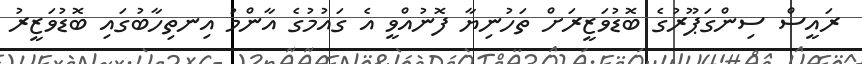
ރައީސް ސިންގަޕޫރުގެ ބޮޑުވަޒީރަށް ތަހުނިޔާ ފޮނުއްވީ އެ ގައުމުގެ އާންމު އިނތިހާބުގައި ބޮޑުވަޒީރު